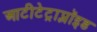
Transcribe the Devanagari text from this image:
आटीटेट्राप्लॉइड